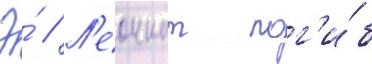
Э́ // Л'еоннат пог'и́б